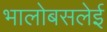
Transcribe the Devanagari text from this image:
भालोबसलेई